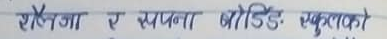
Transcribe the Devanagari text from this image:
शैलेजा र स्थापना बोडिङ स्कुलको